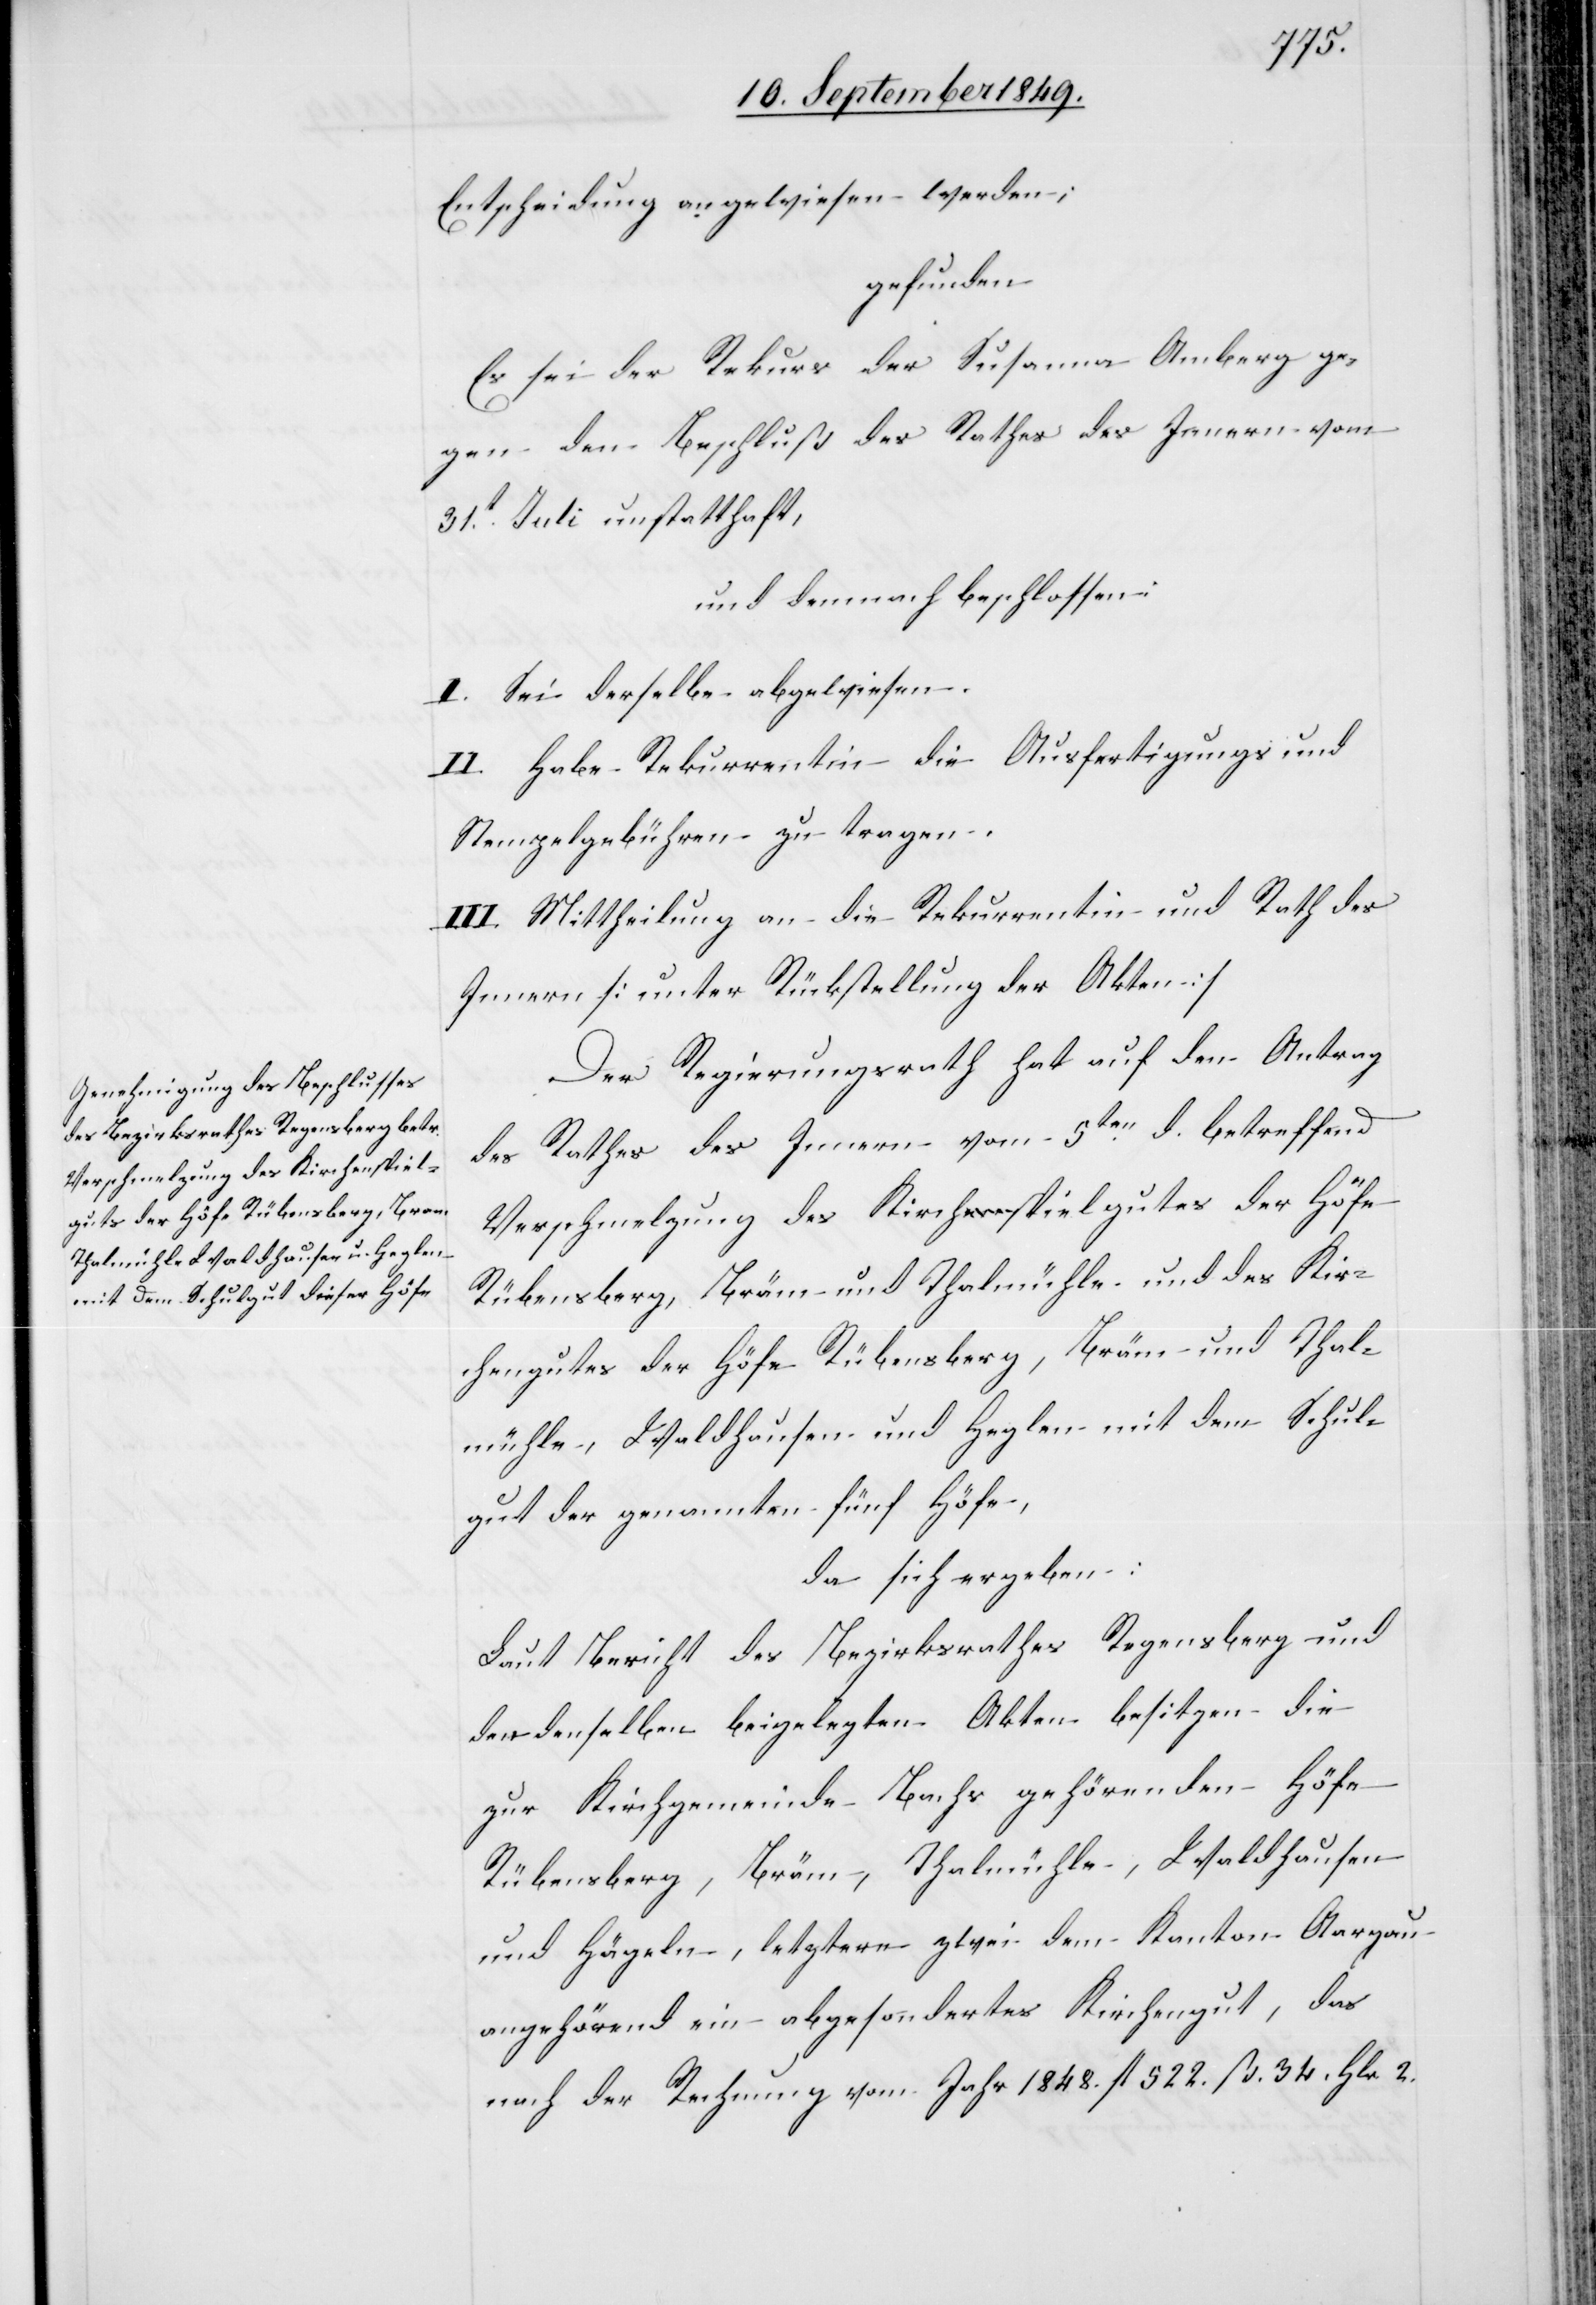
Entscheidung angewiesen werden;
gefunden[:]
Es sei der Rekurs der Susanna Amberg ge¬
gen den Beschluß des Rathes des Innern vom
31t Juli unstatthaft,
und demnach beschlossen:
I. Sei derselbe abgewiesen.
II. Habe Rekurrentin die Ausfertigungs und
Stempelgebühren zu tragen.
III. Mittheilung an die Rekurrentin und Rath des
Innern [unter Rückstellung der Akten][.]
Der Regierungsrath hat auf den Antrag
des Rathes des Innern vom 5ten d. betreffend
Verschmelzung des Kirchspielgutes der Höfe
Rübensberg, Bräm und Thalmühle und des Kir¬
chengutes der Höfe Rübensberg, Bräm [sic!] und Thal¬
mühle, Waldhausen und Heglen mit dem Schul¬
gut der genannten fünf Höfe,
da sich ergeben:
Laut Bericht des Bezirksrathes Regensberg und
den denselben beigelegten Akten besitzen die
zur Kirchgemeinde Bachs gehörenden Höfe
Rübensberg, Bräm, Thalmühle, Waldhausen
und Hägeln [sic!], letztere zwei dem Kanton Aargau
angehörend[,] ein abgesondertes Kirchengut, das
nach der Rechnung vom Jahr 1848. fl. 522. ß. 34. Hlr. 2.